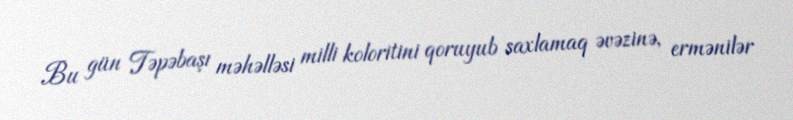
Bu gün Təpəbaşı məhəlləsi milli koloritini qoruyub saxlamaq əvəzinə, ermənilər